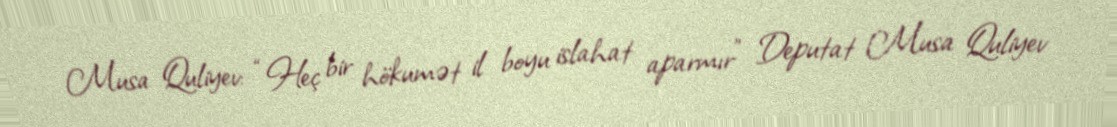
Musa Quliyev: “Heç bir hökumət il boyu islahat aparmır” Deputat Musa Quliyev